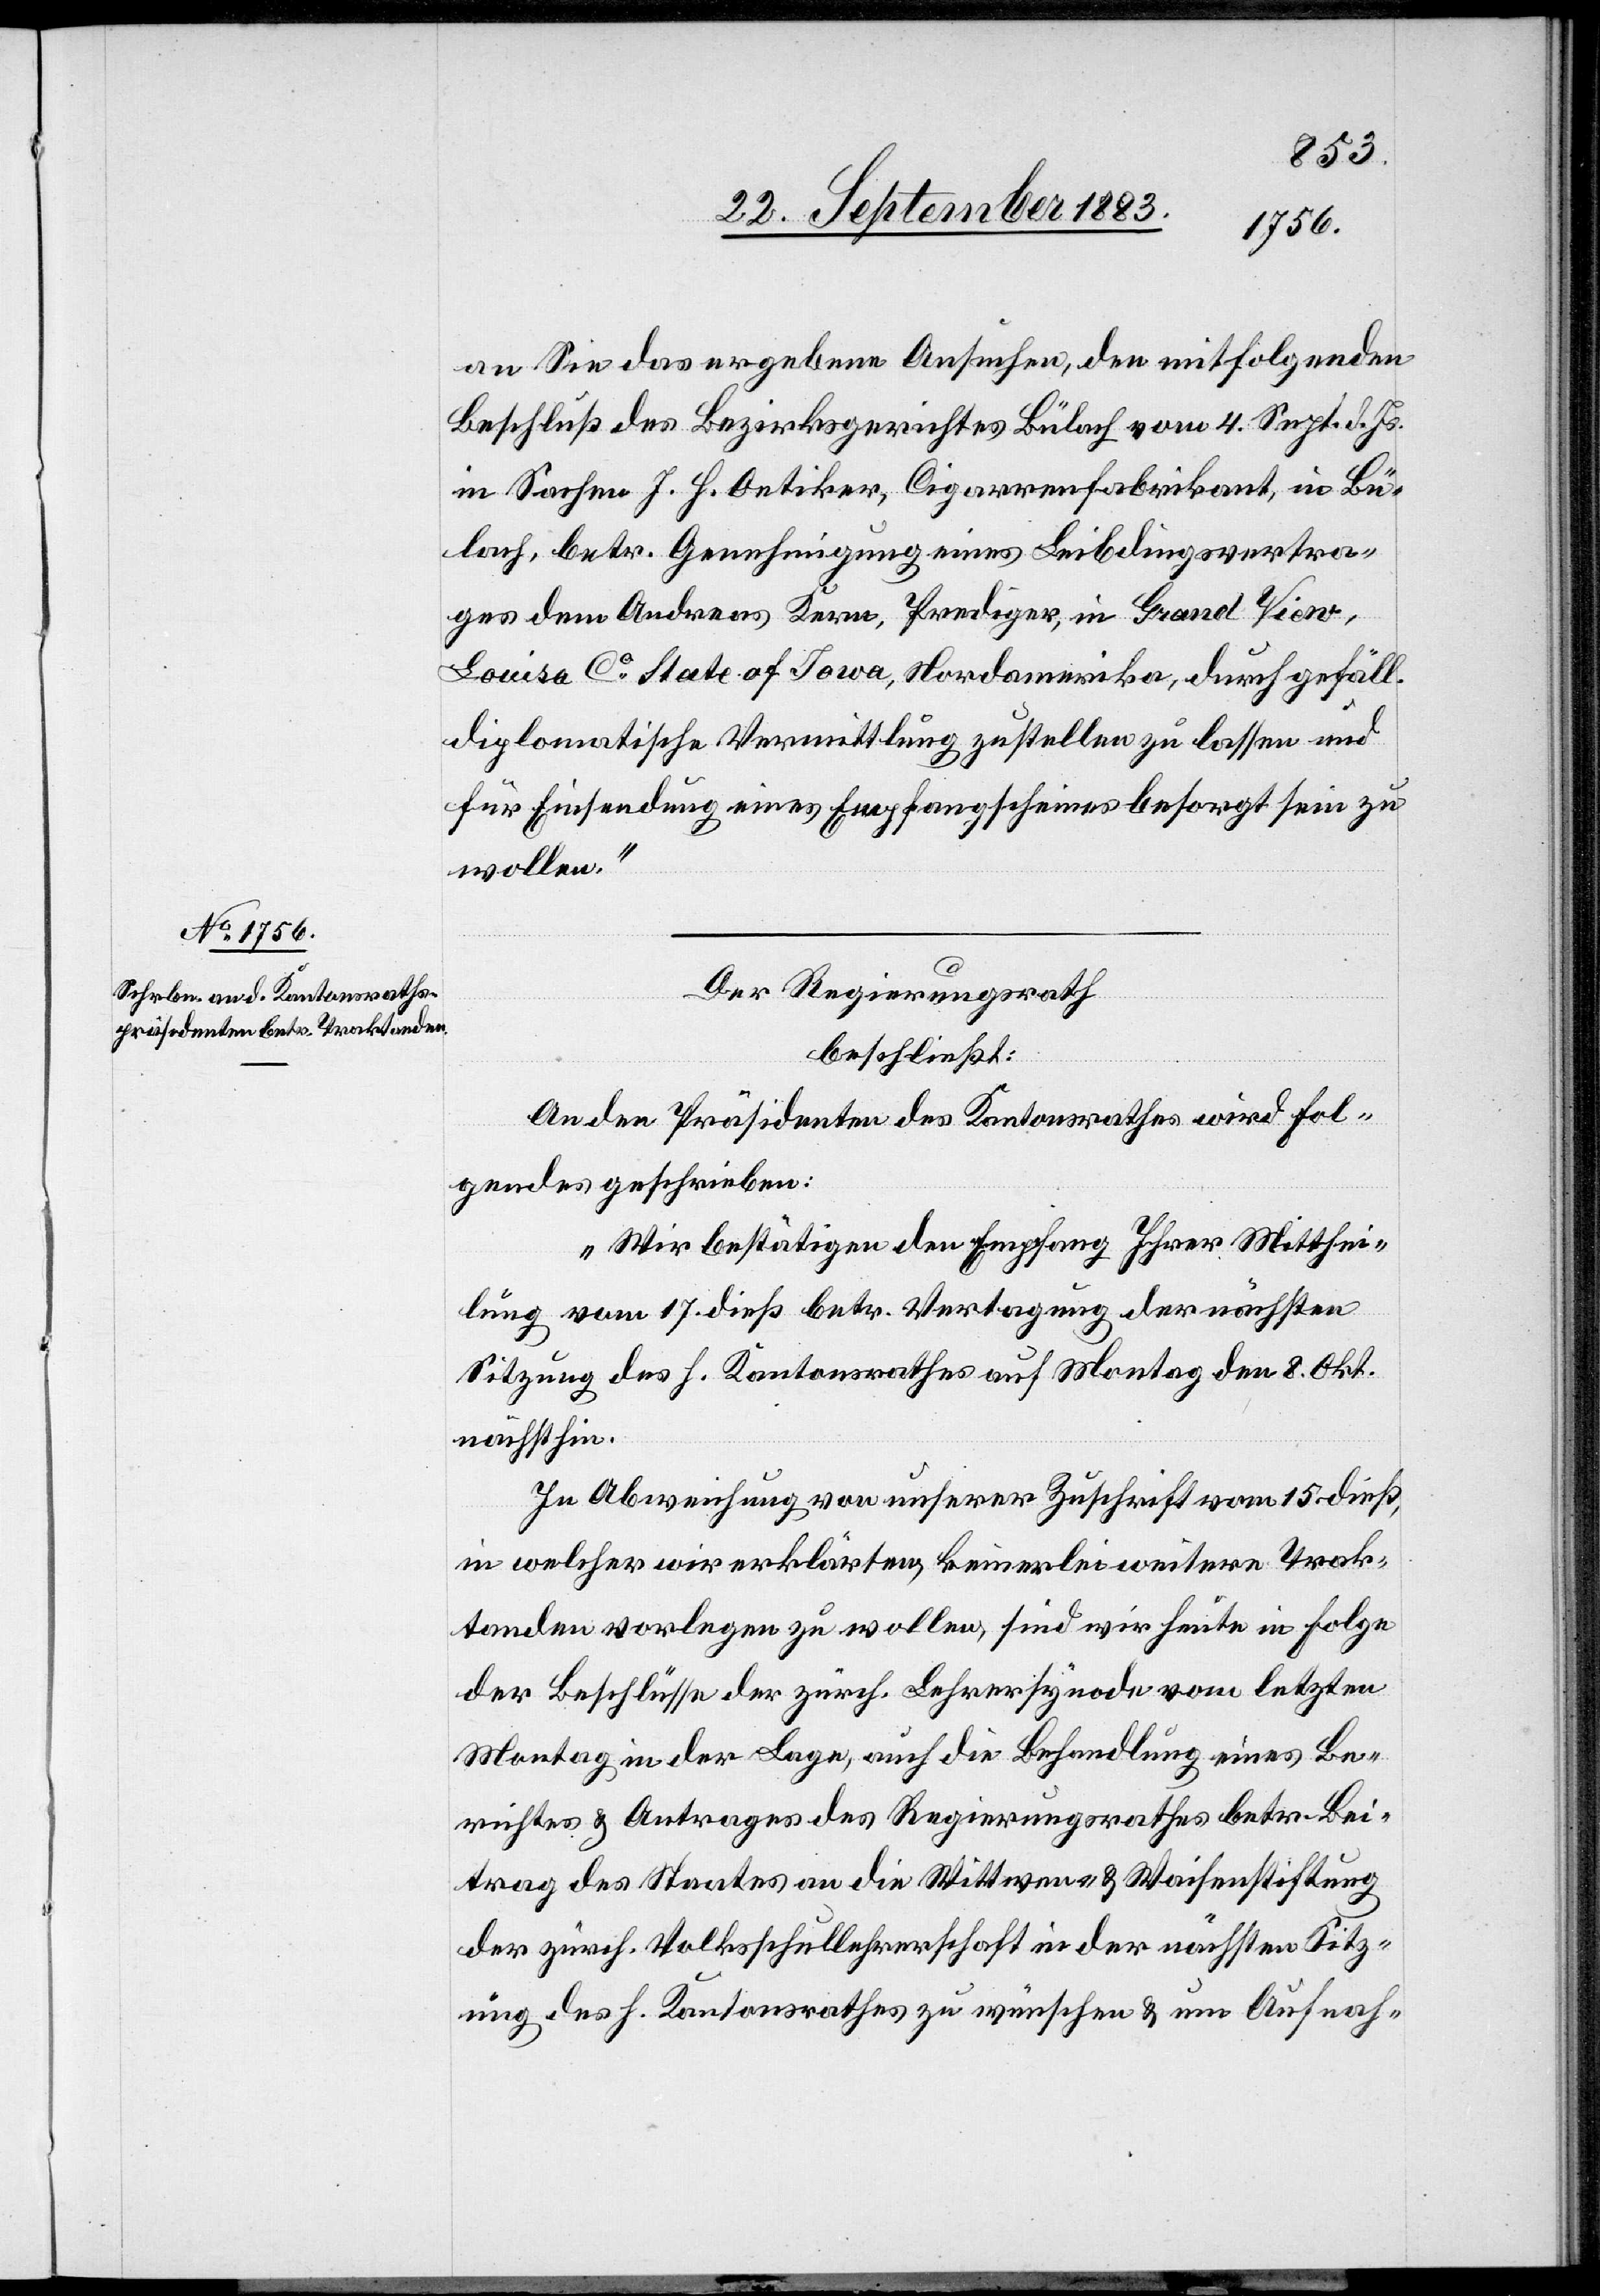
an Sie das ergebene Ansuchen, den mitfolgenden
Beschluß des Bezirksgerichtes Bülach vom 4. Sept. d. Js.
in Sachen J. H. Oetiker, Cigarrenfabrikant, in Bü¬
lach, betr. Genehmigung eines Leibdingsvertra¬
ges dem Andreas Kern, Prediger, in Grand View,
Louisa Co State of Iowa [sic!], Nordamerika, durch gefäll.
diplomatische Vermittlung zustellen zu lassen und
für Einsendung eines Empfangscheines besorgt sein zu
wollen.“
Der Regierungsrath
beschließt:
An den Präsidenten des Kantonsrathes wird fol¬
gendes geschrieben:
„Wir bestätigen den Empfang Ihrer Mitthei¬
lung vom 17. dieß betr. Vertagung der nächsten
Sitzung des h. Kantonsrathes auf Montag den 8. Okt.
nächsthin.
In Abweichung von unserer Zuschrift vom 15. dieß,
in welcher wir erklärten, keinerlei weitere Trak¬
tanden vorlegen zu wollen, sind wir heute in Folge
der Beschlüsse der zürch. Lehrersynode vom letzten
Montag in der Lage, auch die Behandlung eines Be¬
richtes & Antrages des Regierungsrathes betr. Bei¬
trag des Staates an die Wittwen- & Waisenstiftung
der zürch. Volksschullehrerschaft in der nächsten Sitz¬
ung des h. Kantonsrathes zu wünschen & um Aufnah-